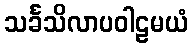
သင်္ခသိလာပဝါဠမယံ